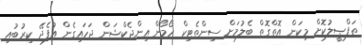
ތަފްޞީލުކޮށް މިކަން އޮތްގޮތް ބެލުމަށް ސިންތެޓިކް ހޯމޯން އިންޖެކްޝަން ޖަހައިގެން އުފެދޭ ކިރުބުއި